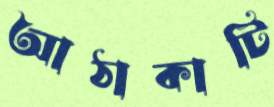
আঠাকাটি